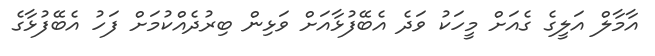
އާމާލް އަލީގެ ގެއަށް މީހަކު ވަދެ އެބޭފުޅާއަށް ވަޅިން ބިރުދެއްކުމަށް ފަހު އެބޭފުޅާގެ